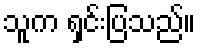
သူက ရှင်းပြသည်။